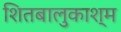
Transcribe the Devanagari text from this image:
शितबालुकाश्म